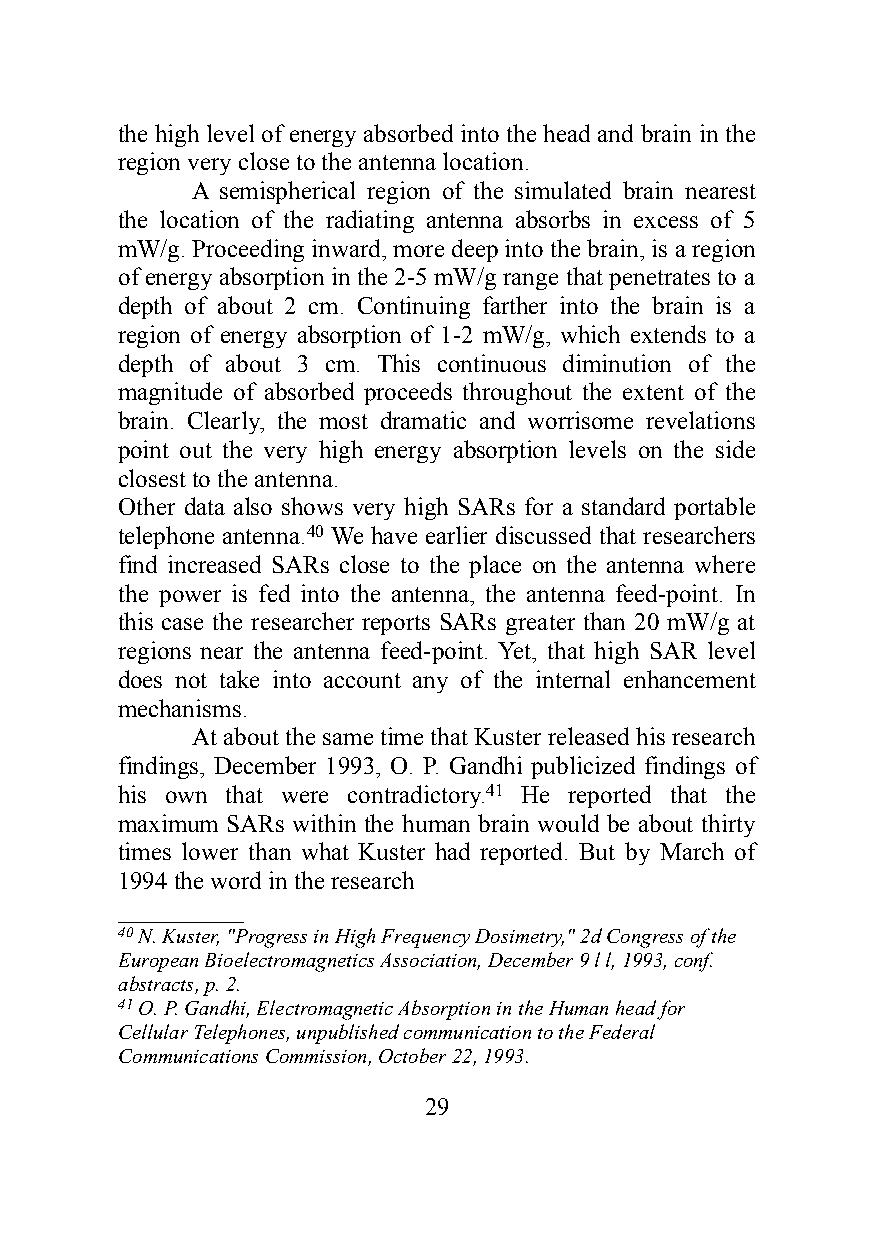
the high level of energy absorbed into the head and brain in the
 region very close to the antenna location.
 A semispherical region of the simulated brain nearest
 the location of the radiating antenna absorbs in excess of 5
 mW/g. Proceeding inward, more deep into the brain, is a region
 of energy absorption in the 2-5 mW/g range that penetrates to a
 depth of about 2 cm. Continuing farther into the brain is a
 region of energy absorption of 1-2 mW/g, which extends to a
 depth of about 3 cm. This continuous diminution of the
 magnitude of absorbed proceeds throughout the extent of the
 brain. Clearly, the most dramatic and worrisome revelations
 point out the very high energy absorption levels on the side
 closest to the antenna.
 Other data also shows very high SARs for a standard portable
 telephone antenna.40 We have earlier discussed that researchers
 find increased SARs close to the place on the antenna where
 the power is fed into the antenna, the antenna feed-point. In
 this case the researcher reports SARs greater than 20 mW/g at
 regions near the antenna feed-point. Yet, that high SAR level
 does not take into account any of the internal enhancement
 mechanisms.
 At about the same time that Kuster released his research
 findings, December 1993, O. P. Gandhi publicized findings of
 his own that were contradictory.41 He reported that the
 maximum SARs within the human brain would be about thirty
 times lower than what Kuster had reported. But by March of
 1994 the word in the research
 __________
 40 N. Kuster, "Progress in High Frequency Dosimetry," 2d Congress of the
 European Bioelectromagnetics Association, December 9 l l, 1993, conf.
 abstracts, p. 2.
 41 O. P. Gandhi, Electromagnetic Absorption in the Human head for
 Cellular Telephones, unpublished communication to the Federal
 Communications Commission, October 22, 1993.
 29